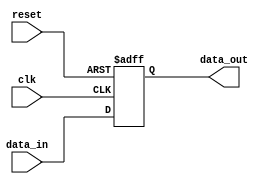
module cascade_bypass (
    input wire clk,           // Clock signal
    input wire reset,         // Reset signal
    input wire data_in,       // Input data signal
    output wire data_out      // Output data signal
);

reg [7:0] buffer;            // 8-bit buffer register

always @(posedge clk or posedge reset) begin
    if (reset) begin
        buffer <= 8'b0;      // Reset buffer register
    end else begin
        buffer <= data_in;   // Store input data in buffer register
    end
end

assign data_out = buffer;    // Output data from buffer register

endmodule